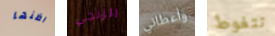
اظنها الزنجي وأعطاني تتغوط